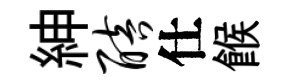
紳醅仕餱